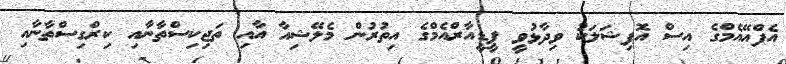
އެފްއޭއެމްގެ އިސް އޮފިޝަލަކު ވިދާޅުވީ ޕީޑީއާރްއެމްގެ އިތުރުން މެލޭޝިއާ އާއި ތަޖިކިސްތާނާއި ކިރްގިސްތާނާއި